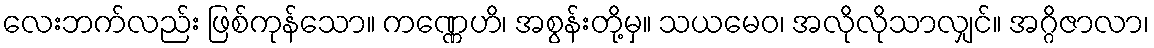
လေးဘက်လည်း ဖြစ်ကုန်သော။ ကဏ္ဏေဟိ၊ အစွန်းတို့မှ။ သယမေဝ၊ အလိုလိုသာလျှင်။ အဂ္ဂိဇာလာ၊